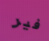
فير